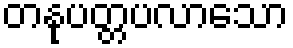
တနုပတ္တပလာသော